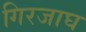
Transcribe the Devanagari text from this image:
गिरजाघ